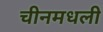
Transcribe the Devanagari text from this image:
चीनमधली